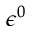
\epsilon ^ { 0 }